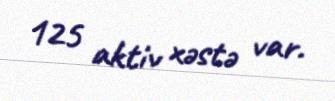
125 aktiv xəstə var.